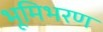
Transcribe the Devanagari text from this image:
भूमिभरण